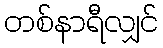
တစ်နာရီလျှင်